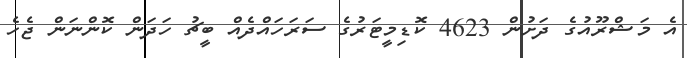
އެ މަޝްރޫއުގެ ދަށުން 4623 ކޮޑިމީޓަރުގެ ސަރަހައްދެއް ބީޗު ހަަދަން ކޮންނަން ޖެހެ